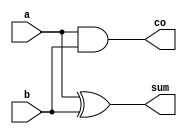
module ha(a,b,sum,co);

input a,b;
output reg sum,co;

always@*
begin

 sum=a^b;
 co=a&b;

end
endmodule